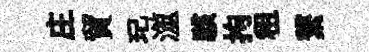
庄貿玘澨駭拘租繋